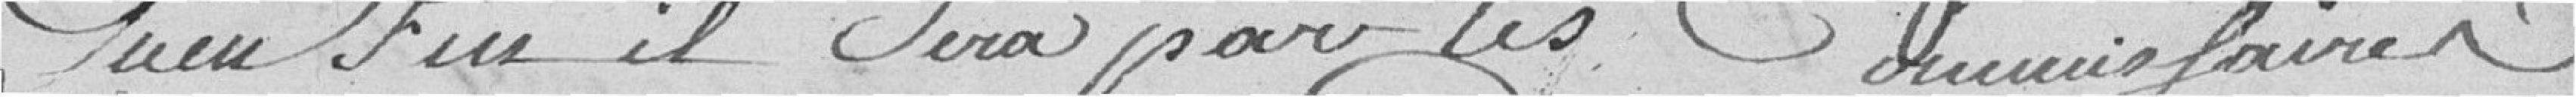
qu'enfin il sera par les Commissaires